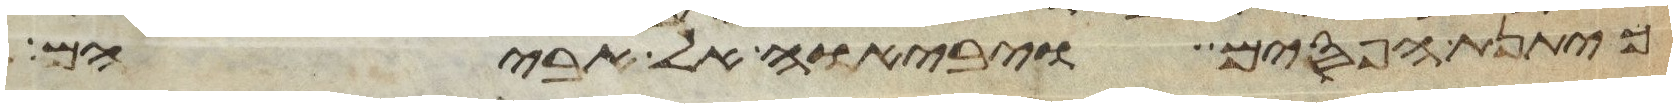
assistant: כיתנת הפסים ויביאו אל אביהם